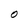
Character: O